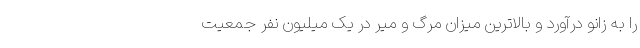
را به زانو درآورد و بالاترین میزان مرگ و میر در یک میلیون نفر جمعیت